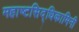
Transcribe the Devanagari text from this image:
महाष्टसिद्धिकामिनी